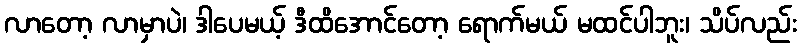
လာတော့ လာမှာပဲ၊ ဒါပေမယ့် ဒီထိအောင်တော့ ရောက်မယ် မထင်ပါဘူး၊ သိပ်လည်း